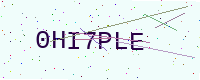
Text: 0HI7PLE